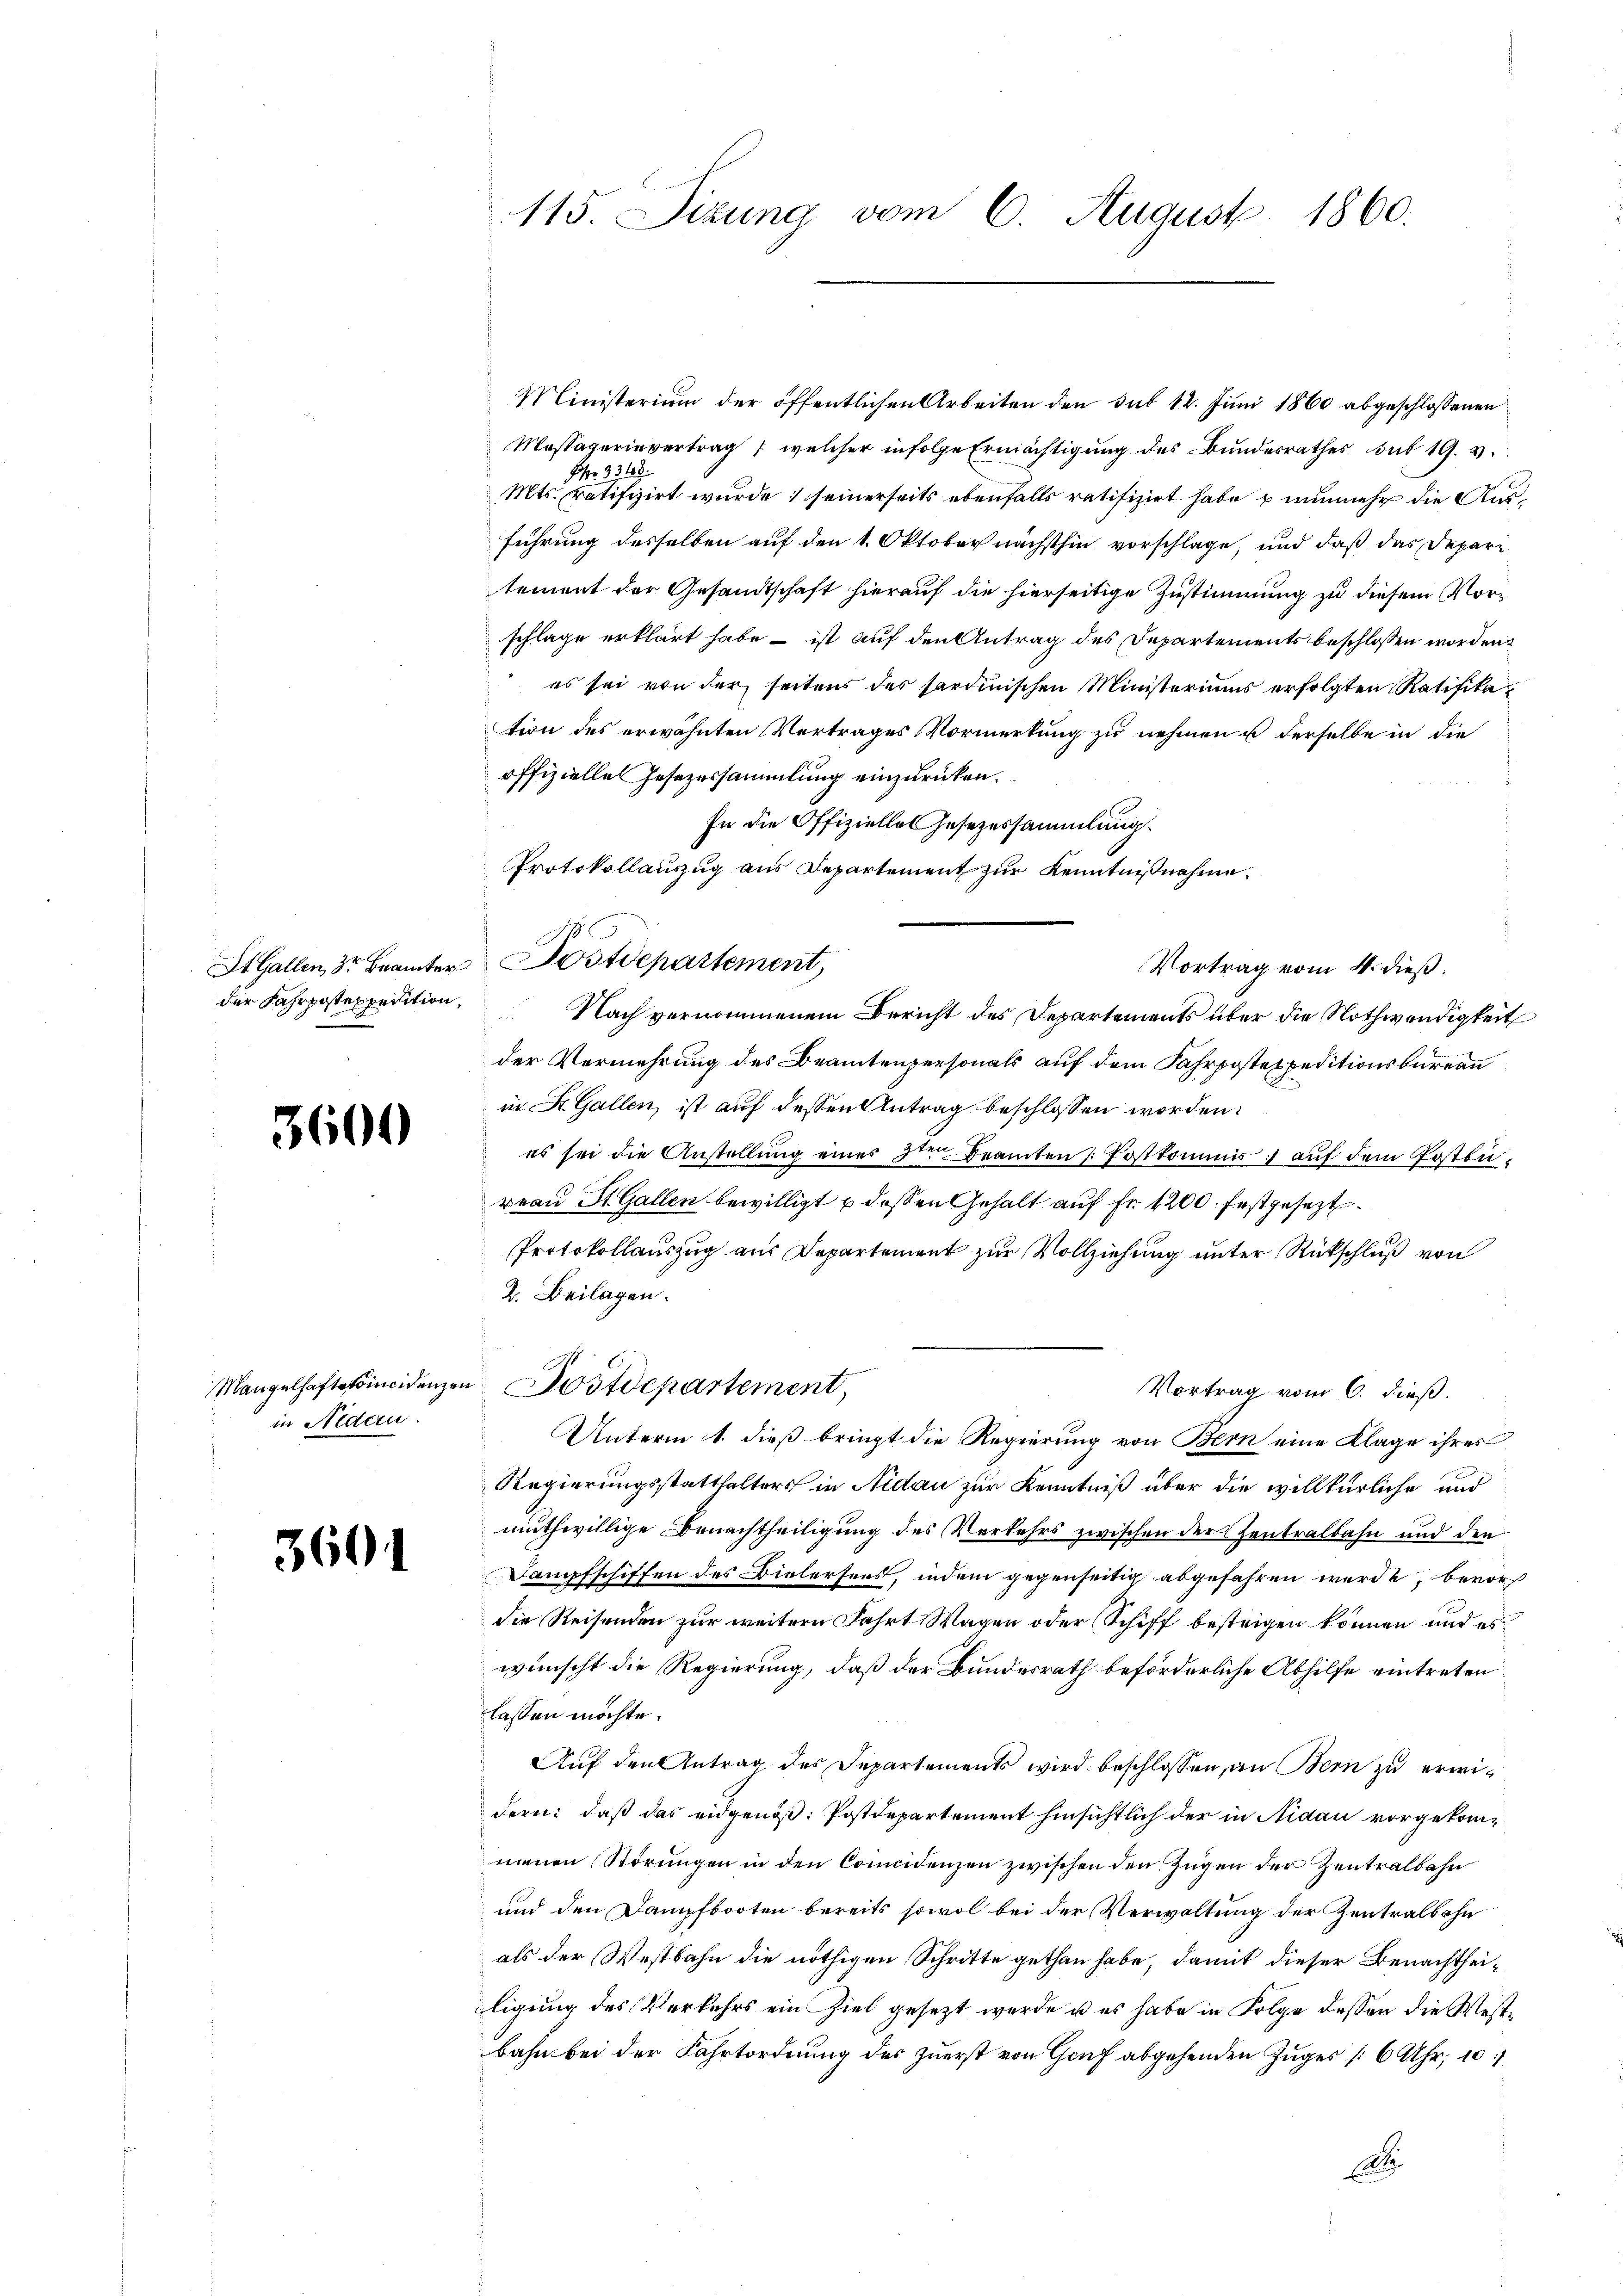
der Fahrpostexpedition,

3600

Mangelhaftsprincidenzen
in Nidau.

3601

115. Sitzung vom 6. August 1860.

Ministerium der öffentlichen Arbeiten den sub 12. Juni 1860 abgeschlossenen
Massaverievertrag , welcher infolge Ermächtigung des Bundesrathes sub 19. v.
Fr. 331
Mts. ratifizirt wurde; seinerseits ebenfalls ratifizirt habe & nunmehr die Ausführung desselben auf den 1. Oktober nächsthin vorschlage, und daß das Depare
tement der Gesandtschaft hierauf die hierseitige Zustimmung zu diesem Vorschlage erklärt habe – ist auf den Antrag des Departements beschlossen worden,
es sei von der seitens des Sardinischen Ministeriums erfolgten Ratifikation des erwähnten Vertrages Vormerkung zu nehmen u derselbe in die
offizielle Gesezessammlung einzurücken.
In die Offizielles Gesetzessammlung.
Protokollauszug aus Departement zur Kenntnißnahme
St. Gallen, dr Beamter Postdepartement,
Vortrag vom 4. dieß.
der Vermehrung des Beamtenpersonals auf dem Fahrposten peditionsbüreau
in Dr. Gallen, ist auf dessen Antrag beschlossen worden.
es sei die Anstellung eines 3ten Beamten Postkommis auf dem Postbureau St. Gallen bewilligt u dessen Gehalt auf Fr. 1200 festgesezt.
Protokollauszug aus Departement zur Vollziehung unter Rückschluß von
2. Beilagen.
u Postdepartement,
Vortrag vom 6. dieß.
Unterm 1. dieß bringt die Regierung von Bern eine Klage ihres
Regierungsstatthalters in Nidau zur Kenntniß über die willkürliche und
muthwillige Benachtheiligung des Verkehrs zwischen der Zentralbahn und den
Dampfschiffen des Bielersees, indem gegenseitig abgefahren werde, bevors
die Reisenden zur weitern Fahrt Wagen oder Schiff besteigen können und es
wünscht die Regierung, daß der Bundesrath beförderliche Abhilfe eintreten
lassen möchte.
Auf den Antrag des Departements wird beschlossen, an Bern zu erwidern: daß das eidgenöß: Postdepartement hinsichtlich der in Nidau vorgekommenen Störungen in den Concidenzen zwischen den Zügen der Zentralbahn
und den Dampfbooten bereits sowol bei der Verwaltung der Zentrals ohn
als der Westbahn die nöthigen Schritte gethan habe, damit dieser Benachtheiligung des Verkehrs ein Ziel gesetzt werde u es habe in Folge dessen die Westbahn bei der Fahrtordnung des zuerst von Genf abgehenden Zuges [6 Uhr, 10
A

Nach vernommenem Bericht des Departements über die Nothwendigkeit